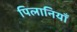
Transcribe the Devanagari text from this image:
पिलानियाँ